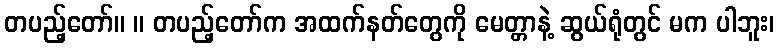
တပည့်တော်။ ။ တပည့်တော်က အထက်နတ်တွေကို မေတ္တာနဲ့ ဆွယ်ရုံတွင် မက ပါဘူး၊